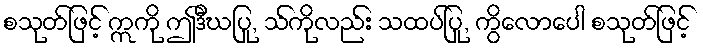
စသုတ်ဖြင့် ဣကို ဤဒီဃပြု, သ်ကိုလည်း သထပ်ပြု, ကွိလောပေါ စသုတ်ဖြင့်